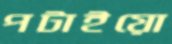
পটাইয়ো